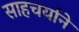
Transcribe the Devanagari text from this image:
साहचर्याने